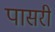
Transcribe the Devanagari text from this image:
पासरी